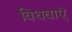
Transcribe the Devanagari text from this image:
विधवाएं